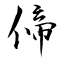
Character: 偙